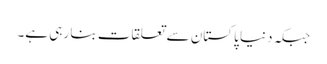
جبکہ دنیا پاکستان سے تعلقات بنا رہی ہے۔